Civil Veterinary Dept. North-West Frontier Province 1923-32 - 1923-1932
Year: 1923
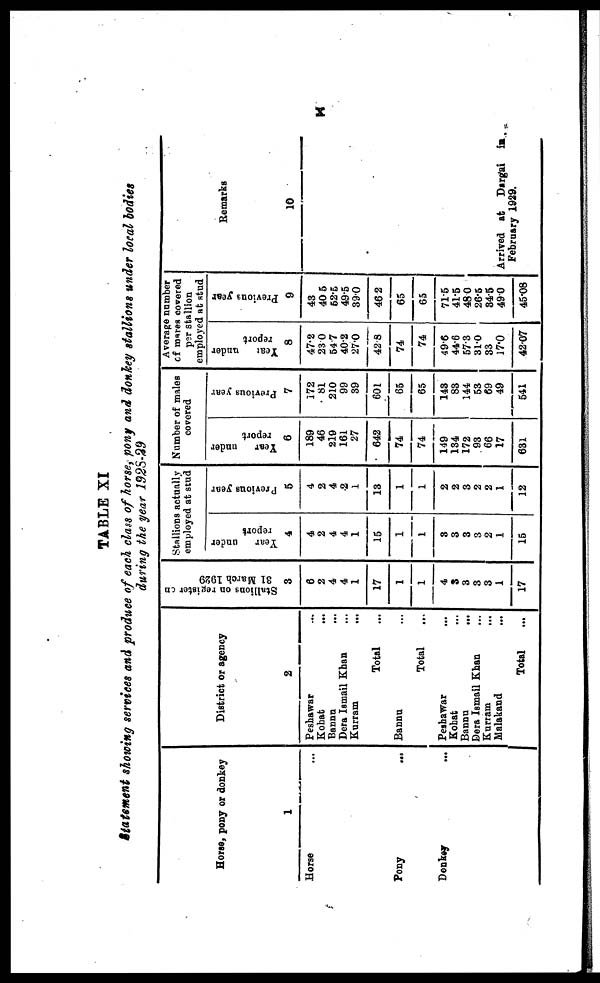
x
TABLE XI
Statement showing services and produce of each class of horse, pony and donkey stallions under local bodies
during the year 1928-29
Horse, pony or donkey
1
Horse ...
Pony
...
Donkey ...
District or agency
2
Peshawar ...
Kohat ...
Bannu
...
Dera Ismail Khan ...
Kurram
...
Total …
Bannu …
Total …
Peshawar ...
Kohat...
Bannu
...
Dera Ismail Khan ...
Kurram
...
Malakand ...
Total …
Stallions on register on
31 March 1929
3
6
2
4
4
1
17
1
1
4
3
3
3
3
1
17
Stallions actually
employed at stud
Year
under
report
4
4
2
4
4
1
15
1
1
8
3
3
3
2
1
15
Previous year
5
4
2
4
2
1
13
1
1
2
2
3
2
2
1
12
Number of males
covered
Year
under
report
6
189
46
219
161
27
642
74
74
149
134
172
93
66
17
631
Previous year
7
172
81
210
99
39
601
65
65
143
83
144
53
69
49
541
Average number
of mares covered
per stallion
employed at stud
Year
under
report
8
47.2
23.0
54.7
40.2
27.0
42.8
74
74
49.6
44.6
57.3
31.0
83
17.0
42.07
Previous year
9
43
40.5
52.5
49.5
39.0
46.2
65
65
71.5
41.5
48.0
26.5
34.5
49.0
45.08
Remarks
10
Arrived at Dargai in.
February 1929.